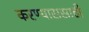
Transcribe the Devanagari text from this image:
करण्याससाठी